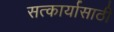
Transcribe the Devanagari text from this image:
सत्कार्यासाठी